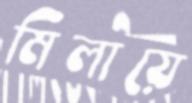
মিলায়ে